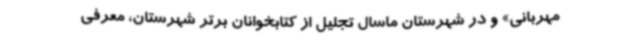
مهربانی» و در شهرستان ماسال تجلیل از کتابخوانان برتر شهرستان، معرفی